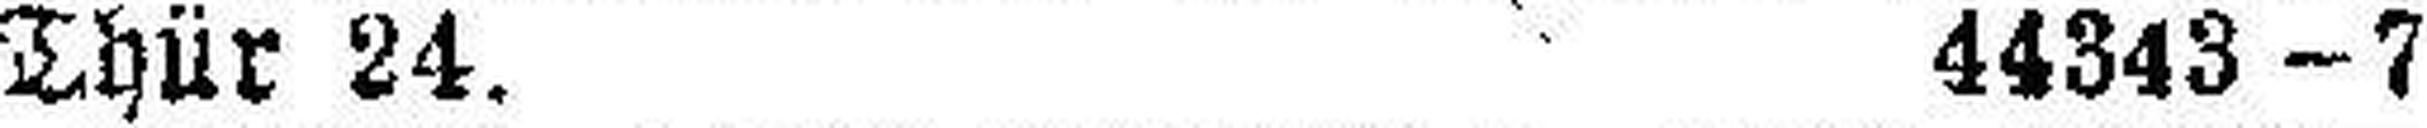
Thür 24. 44343—7